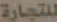
للتجارة